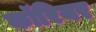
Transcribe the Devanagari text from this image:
कॉरियर